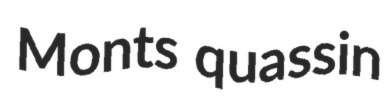
Monts quassin